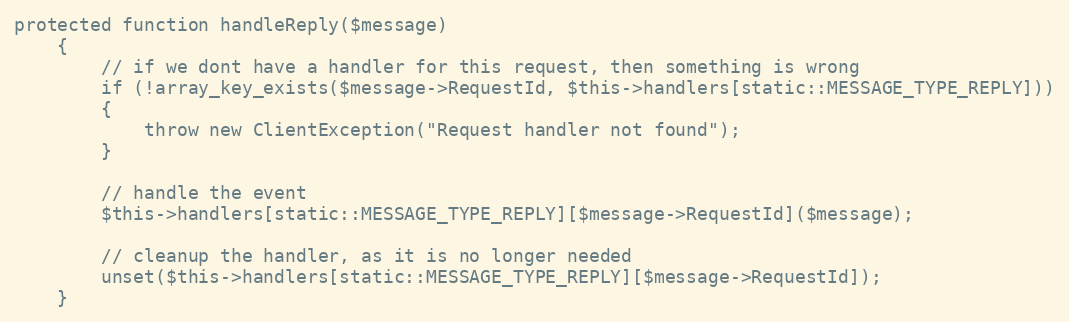
Language: PHP
protected function handleReply($message)
	{
		// if we dont have a handler for this request, then something is wrong
		if (!array_key_exists($message->RequestId, $this->handlers[static::MESSAGE_TYPE_REPLY]))
		{
			throw new ClientException("Request handler not found");
		}

		// handle the event
		$this->handlers[static::MESSAGE_TYPE_REPLY][$message->RequestId]($message);

		// cleanup the handler, as it is no longer needed
		unset($this->handlers[static::MESSAGE_TYPE_REPLY][$message->RequestId]);
	}